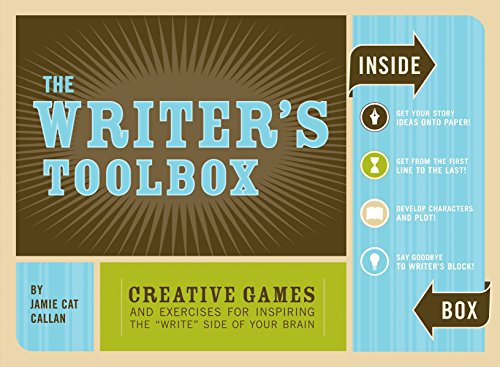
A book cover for The Writer's Toolbox: Creative Games and Exercises for Inspiring the 'Write' Side of Your   Brain; Jamie Cat Callan; Humor & Entertainment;